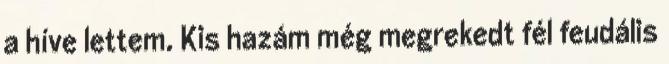
a híve lettem. Kis hazám még megrekedt fél feudális